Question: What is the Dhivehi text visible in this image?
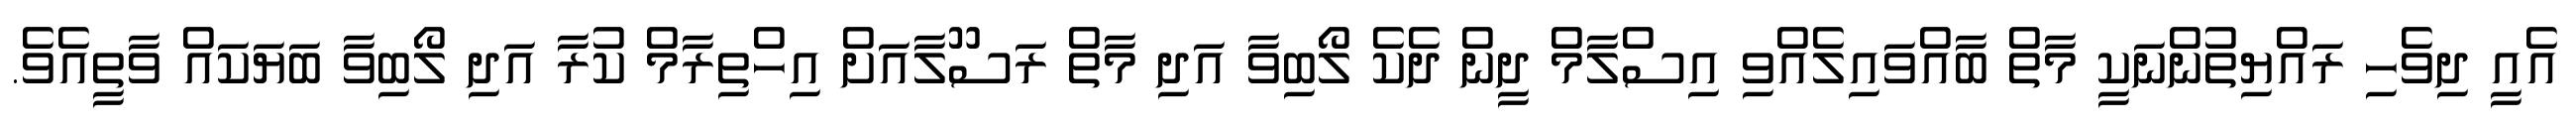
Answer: އެއީ ދިވެހި ރައްޔިތުންނަކީ މާތް ބާއްވައިލެއްވި އިސްލާމް ދީން ދެކެ ލޯބިވާ އަދި މާތް ރަސޫލާއަށް އިހްތިރާމް ކުރާ އަދި ލޯބިވާ ބަޔަކައް ވާތީއެވެ.